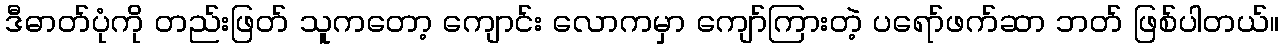
ဒီဓာတ်ပုံကို တည်းဖြတ် သူကတော့ ကျောင်း လောကမှာ ကျော်ကြားတဲ့ ပရော်ဖက်ဆာ ဘတ် ဖြစ်ပါတယ်။